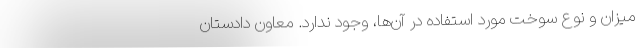
میزان و نوع سوخت مورد استفاده در آن‌ها، وجود ندارد. معاون دادستان